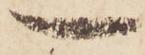
一